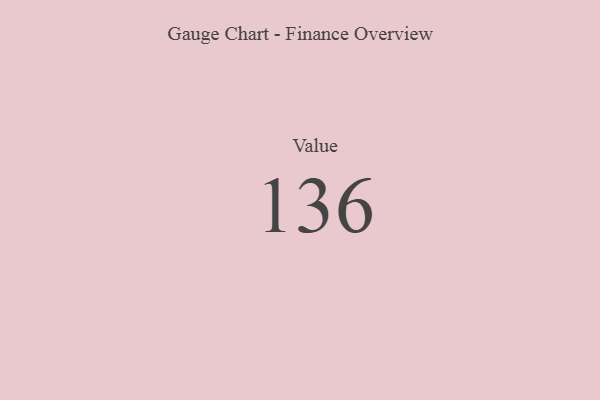
{"axis": {"x": "Metric", "y": "Value"}, "legend": [""], "data": [{"x": "Value", "y": 136, "type": ""}]}